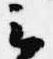
云